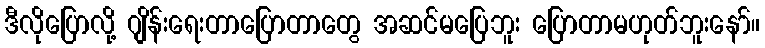
ဒီလိုပြောလို့ ဂျိန်းရေးတာပြောတာတွေ အဆင်မပြေဘူး ပြောတာမဟုတ်ဘူးနော်။